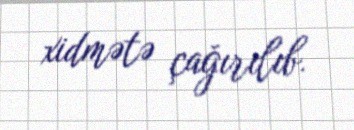
xidmətə çağırılıb.